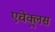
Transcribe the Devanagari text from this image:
एचेक्लुस